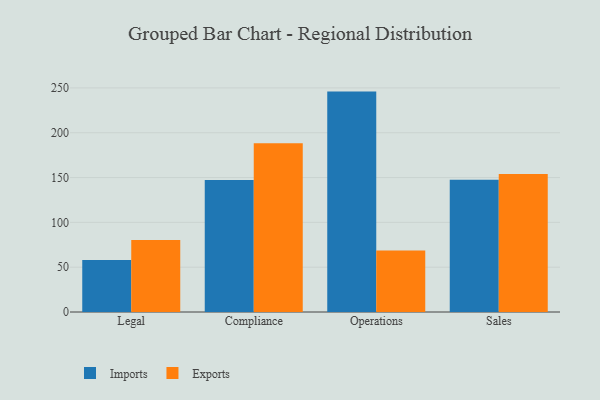
{"axis": {"x": "Department", "y": "Temperature (°C)"}, "legend": ["Exports", "Imports"], "data": [{"x": "Legal", "y": 58.1, "type": "Imports"}, {"x": "Legal", "y": 80.2, "type": "Exports"}, {"x": "Compliance", "y": 147.2, "type": "Imports"}, {"x": "Compliance", "y": 188.4, "type": "Exports"}, {"x": "Operations", "y": 245.9, "type": "Imports"}, {"x": "Operations", "y": 68.7, "type": "Exports"}, {"x": "Sales", "y": 147.5, "type": "Imports"}, {"x": "Sales", "y": 153.9, "type": "Exports"}]}